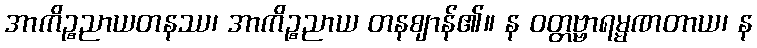
အာကိဉ္စညာယတနဿ၊ အာကိဉ္စညာယ တနဈာန်၏။ န ဝတ္တဗ္ဗာရမ္မဏတာယ၊ န